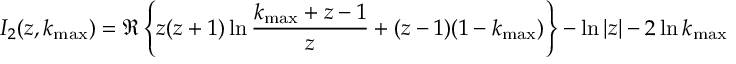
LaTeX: I _ { 2 } ( z , k _ { \mathrm { m a x } } ) = \Re \left\{ z ( z + 1 ) \ln \frac { k _ { \mathrm { m a x } } + z - 1 } { z } + ( z - 1 ) ( 1 - k _ { \mathrm { m a x } } ) \right\} - \ln | z | - 2 \ln k _ { \mathrm { m a x } }